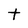
Character: t